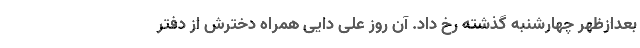
بعدازظهر چهارشنبه گذشته رخ داد. آن روز علی دایی همراه دخترش از دفتر